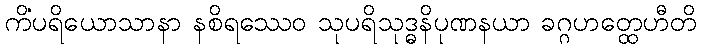
ကိံပရိယောသာနာ နစိရဿေဝ သုပရိသုဒ္ဓနိပုဏနယာ ခဂ္ဂဟတ္ထေဟီတိ